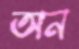
অন